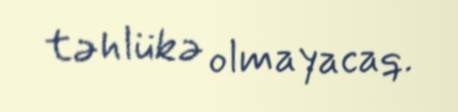
təhlükə olmayacaq.